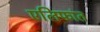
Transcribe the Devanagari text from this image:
एलिफांत